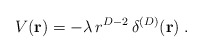
\begin{align*}V({\bf r}) = - \lambda \, r^{D-2} \, \delta^{(D)} ( {\bf r} ) \; . \end{align*}